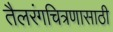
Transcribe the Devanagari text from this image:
तैलरंगचित्रणासाठी